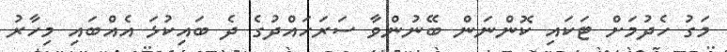
މަގު ހެދުމަށް ޓަަކައި ކޮންނަން ބޭނުންވާ ސަރަހައްދުގެ ދެ ބައިކުޅަ އެއްބައި މިހާރު